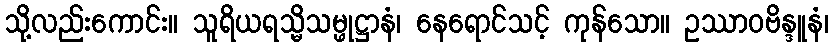
သို့လည်းကောင်း။ သူရိယရသ္မိသမ္ဖုဋ္ဌာနံ၊ နေရောင်သင့် ကုန်သော။ ဥဿာဝဗိန္ဒူနံ၊